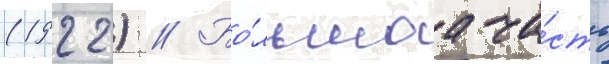
(1922) // Бо́льшаа ча́сть